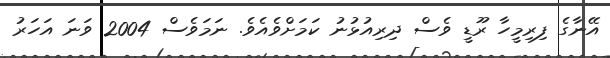
އޭނާގެ ފިރިމީހާ ރޫޑީ ވެސް ދިރިއުޅުނު ކަމަށްވެއެވެ. ނަމަވެސް 2004 ވަނަ އަހަރު